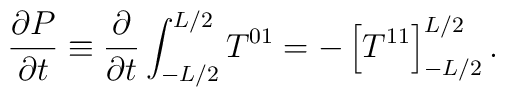
{\partial P\over\partial t} \equiv{\partial\over\partial t}\int_{-L/2}^{L/2} T^{01} =-\left[T^{11}\right]_{-L/2}^{L/2}.